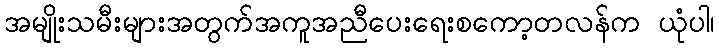
အမျိုးသမီးများအတွက်အကူအညီပေးရေးစကော့တလန်က ယုံပါ၊